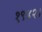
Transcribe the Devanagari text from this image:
१९४२।